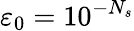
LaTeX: \varepsilon_{0}=10^{-N_{s}}